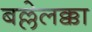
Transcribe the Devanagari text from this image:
बल्लेलक्का